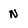
Character: N